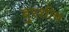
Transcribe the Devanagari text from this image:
बुरशीच